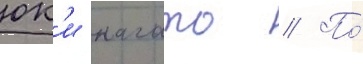
юк'и нагато // По́